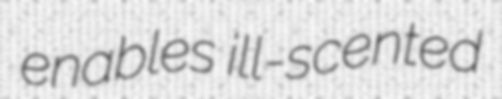
enables ill-scented